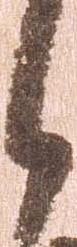
候